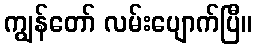
ကျွန်တော် လမ်းပျောက်ပြီ။